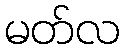
မတ်လ